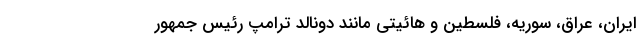
ایران، عراق، سوریه، فلسطین و هائیتی مانند دونالد ترامپ رئیس جمهور